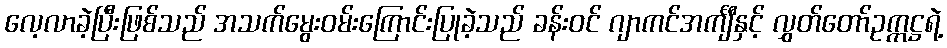
လေ့လာခဲ့ပြီးဖြစ်သည် အသက်မွေးဝမ်းကြောင်းပြုခဲ့သည် ခန်းဝင် ဂျာကင်အင်္ကျီနှင့် လွှတ်တော်ဥက္ကဋ္ဌရဲ့